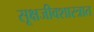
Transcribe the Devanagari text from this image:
सूक्षजीवशास्त्रात